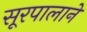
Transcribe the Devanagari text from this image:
सूरपालाने